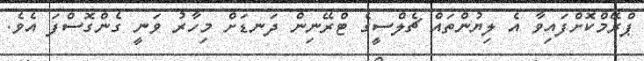
ޕްރޭމްކޮށްފައިވާ އެ ލިޔުންތައް ޗެލްސީގެ ޓްރޭނިން ދަނޑަށް މިހާރު ވަނީ ގެންގޮސްފަ އެވެ.